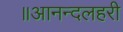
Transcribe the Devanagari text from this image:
॥आनन्दलहरी